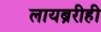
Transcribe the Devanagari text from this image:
लायब्ररीही